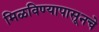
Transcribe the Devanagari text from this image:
मिळविण्यापासूनचे